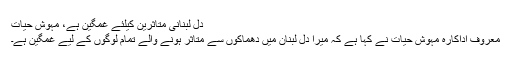
دل لبنانی متاثرین کیلئے غمگین ہے، مہوش حیات
معروف اداکارہ مہوش حیات نے کہا ہے کہ میرا دل لبنان میں دھماکوں سے متاثر ہونے والے تمام لوگوں کے لیے غمگین ہے۔